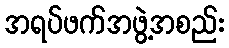
အရပ်ဖက်အဖွဲ့အစည်း